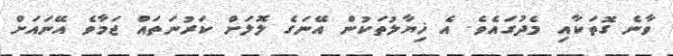
ވާނެ ގޮތަކާއި މެދުގައެވެ. އެ ޚިޔާލުތަކުން އޭނަގެ ލޮލަށް ކަރުނަތައް ޖަމާވެ އޭނައަށް